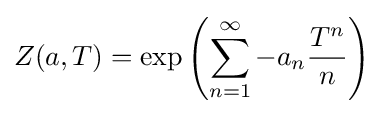
Z(a,T)=\exp \left(\sum _{n=1}^{\infty }-a_{n}{T^{n} \over n}\right)